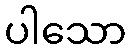
ပါသော